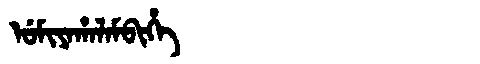
Manchu: ᡠᠮᡳᠶᠠᡥᠠᠯᠠᠮᠪᡳᡥᡝ
Romanization: UMIYAHALAMBIHE